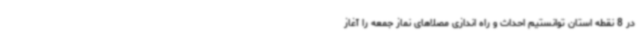
در 8 نقطه استان توانستیم احداث و راه اندازی مصلاهای نماز جمعه را آغاز